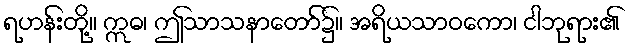
ရဟန်းတို့။ ဣဓ၊ ဤသာသနာတော်၌။ အရိယသာဝကော၊ ငါဘုရား၏